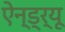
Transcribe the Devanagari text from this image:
ऐन्ड्र्यू